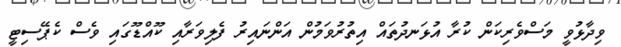
ވިދާޅުވީ މަސްވެރިކަން ކުރާ އުޅަނދުތައް އިތުރުވަމުން އަންނައިރު ފެލިވަރާއި ކޫއްޑޫގައި ވެސް ކެޕޭސިޓީ